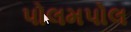
પોલમપોલ